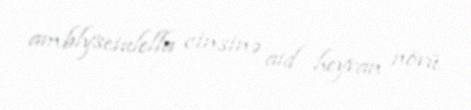
amblyseiulella cinsinə aid heyvan növü.